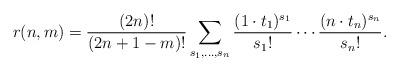
LaTeX: \begin{align*} r(n,m)= \frac{(2n)!}{(2n+1-m)!} \sum_{s_1,\dots,s_n} \frac{(1\cdot t_1)^{s_1}}{s_1!}\cdots \frac{(n\cdot t_n)^{s_n}}{s_n!}. \end{align*}